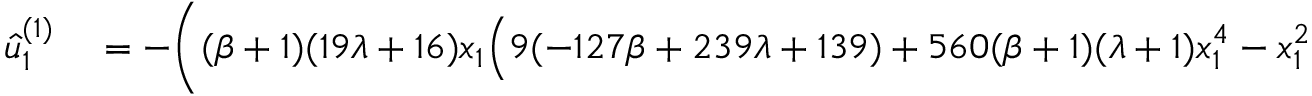
\begin{array} { r l } { \hat { u } _ { 1 } ^ { ( 1 ) } } & { { } = - \bigg ( ( \beta + 1 ) ( 1 9 \lambda + 1 6 ) x _ { 1 } \Big ( 9 ( - 1 2 7 \beta + 2 3 9 \lambda + 1 3 9 ) + 5 6 0 ( \beta + 1 ) ( \lambda + 1 ) x _ { 1 } ^ { 4 } - x _ { 1 } ^ { 2 } \big ( - 3 7 8 ( \beta - 1 ) \lambda ^ { 2 } } \end{array}